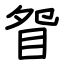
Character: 眢